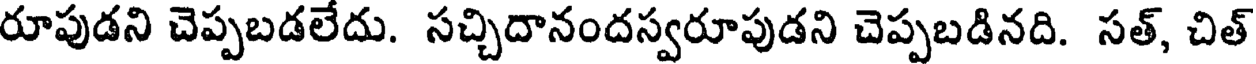
రూపుడని చెప్పబడలేదు. సచ్చిదానందస్వరూపుడని చెప్పబడినది. సత్, చిత్